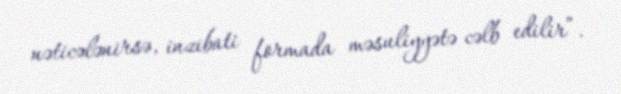
nəticələnirsə, inzibati formada məsuliyyətə cəlb edilir”.